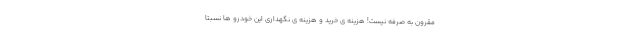
مقرون به صرفه نیست! هزینه ی خرید و هزینه ی نگهداری این خودرو ها نسبتا